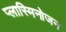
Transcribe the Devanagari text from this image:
प्लास्मिनोजन